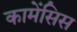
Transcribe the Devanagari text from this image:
कामेंसिस